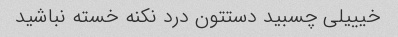
خیییلی چسبید دستتون درد نکنه خسته نباشید